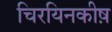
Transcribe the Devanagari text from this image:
चिरयिनकीष़